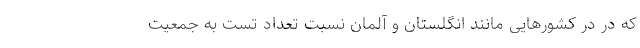
که در در کشورهایی مانند انگلستان و آلمان نسبت تعداد تست به جمعیت